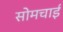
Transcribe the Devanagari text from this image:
सोमचाई